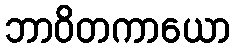
ဘာဝိတကာယော